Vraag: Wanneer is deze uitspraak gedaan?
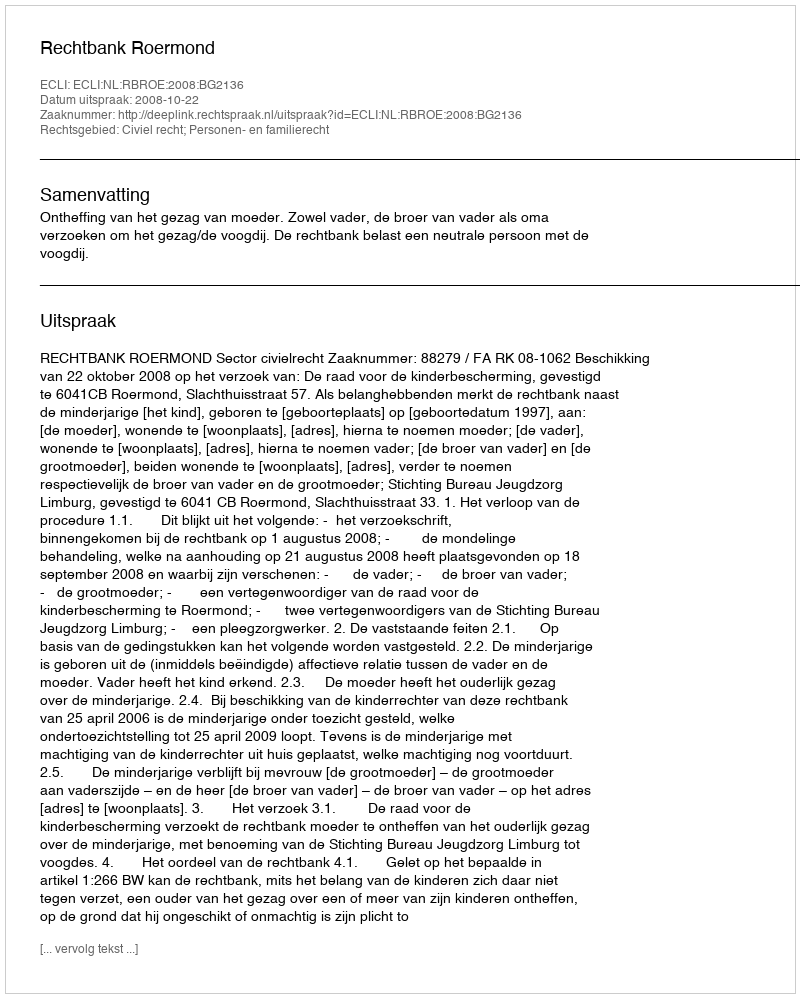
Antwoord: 2008-10-22